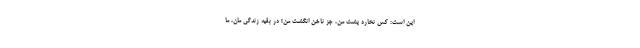
این است: کس نخارد پشت من، جز ناخن انگشت من! در بقیه زندگی مان، ما